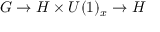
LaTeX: G \rightarrow H \times U ( 1 ) _ { x } \rightarrow H